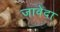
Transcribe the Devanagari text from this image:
जावेदा